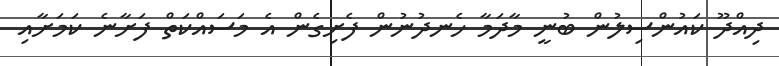
ދިއްދޫ ކައުންސިލުން ބުނީ މާދަމާ ހެނދުނުން ފެށިގެން އެ މަސައްކަތް ފަށާނެ ކަމަށާއި